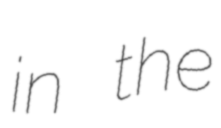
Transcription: in the